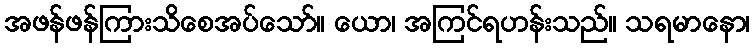
အဖန်ဖန်ကြားသိစေအပ်သော်။ ယော၊ အကြင်ရဟန်းသည်။ သရမာနော၊